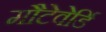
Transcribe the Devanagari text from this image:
मौटेवेर्डि